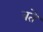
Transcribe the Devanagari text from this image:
बते